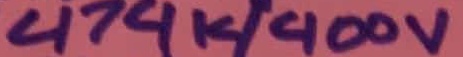
Text: 474k/400v